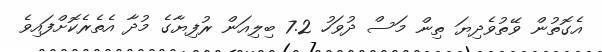
އެގޮތުން ވޭތުވެދިޔަ ތިން މަސް ދުވަހު 7.2 ބިލިއަން ރުފިޔާގެ މުދާ އެތެރެކޮށްފައިވެ